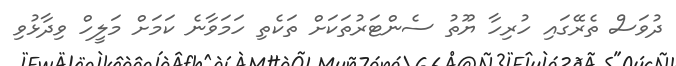
ދުވަސް ތެރޭގައި ހުރިހާ ޔޫތު ސެންޓަރުތަކަށް ތަކެތި ހަމަވާނެ ކަމަށް މަލީހް ވިދާޅުވި